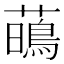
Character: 𧁢